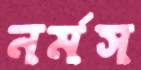
নর্মস